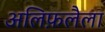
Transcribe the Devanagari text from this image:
अलिफ़लैला